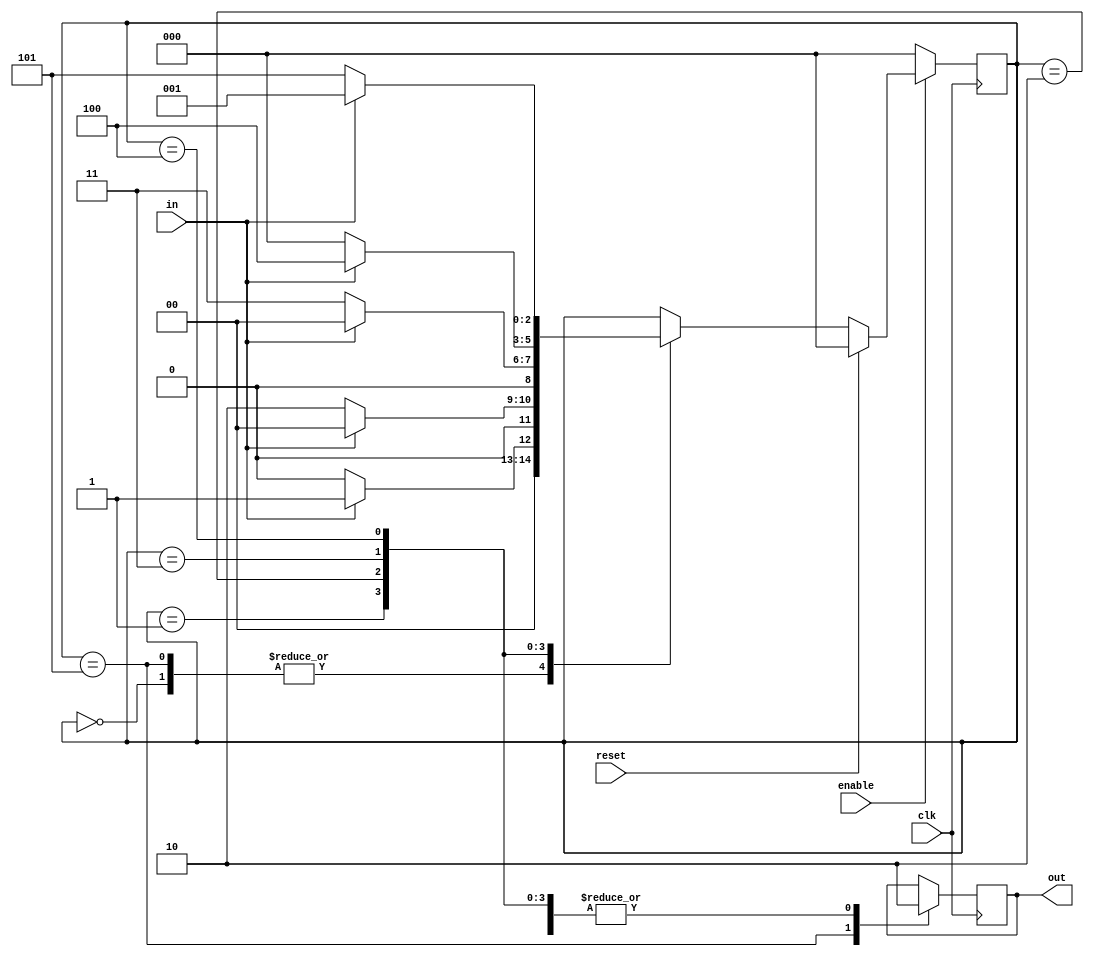
`timescale 1ns / 1ps


module moore10010(enable,clk, in,reset,out);

input clk, in,reset,enable;
output out;
//output[2:0] state;

reg [2:0] CS;
//reg [2:0] NS;
reg out;

parameter Reset=3'b000;
parameter Q1=3'b001;
parameter Q2=3'b010;
parameter Q3=3'b011;
parameter Q4=3'b100;
parameter Get=3'b101;

always @(posedge clk)
	begin
		if(!enable)
			CS<=Reset;
		else if(reset)
			begin
				CS<=Reset;
			end
		else
			begin
				case(CS)
					Reset:
						begin
							if(in==0)
								CS<=Reset;
							else
								CS<=Q1;
						end
					Get:
						begin
							if(in==0)
								CS<=Reset;
							else
								CS<=Q1;
						end
					Q1:
						begin
							if(in==0)
								CS<=Q2;
							else
								CS<=Reset;
						end
					Q2:
						begin
							if(in==0)
								CS<=Q3;
							else
								CS<=Reset;
						end
					Q3:
						begin
							if(in==0)
								CS<=Reset;
							else
								CS<=Q4;
						end
					Q4:
						begin
							if(in==0)
								CS<=Get;
							else
								CS<=Q1;
						end
				endcase
			end
	end

always @(posedge clk)
	begin
		case(CS)
			Reset:
				out<=0;
			Get:
				out<=1;
			Q1:
				out<=0;
			Q2:
				out<=0;
			Q3:
				out<=0;
			Q4:
				out<=0;
		endcase
	end
	
endmodule